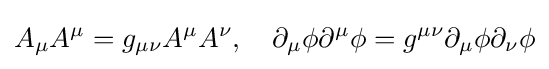
A_{\mu }A^{\mu }=g_{\mu \nu }A^{\mu }A^{\nu },\quad \partial _{\mu }\phi \partial ^{\mu }\phi =g^{\mu \nu }\partial _{\mu }\phi \partial _{\nu }\phi